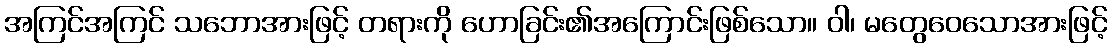
အကြင်အကြင် သဘောအားဖြင့် တရားကို ဟောခြင်း၏အကြောင်းဖြစ်သော။ ဝါ၊ မတွေဝေသောအားဖြင့်